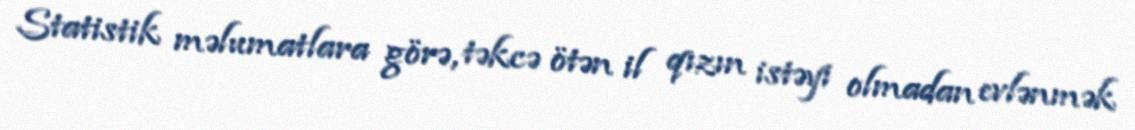
Statistik məlumatlara görə, təkcə ötən il qızın istəyi olmadan evlənmək